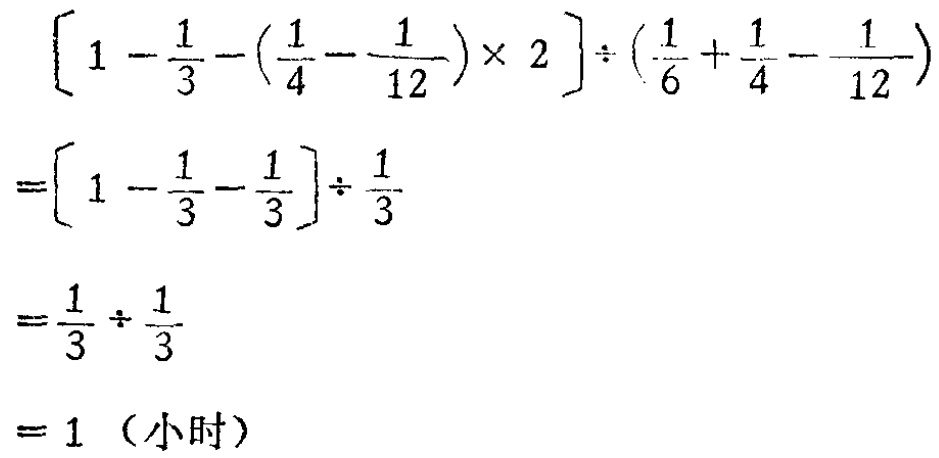
\[
\begin{align*}
&\left[1 - \frac{1}{3}-\left(\frac{1}{4}-\frac{1}{12}\right)\times 2\right]\div\left(\frac{1}{6}+\frac{1}{4}-\frac{1}{12}\right)\\
=&\left[1 - \frac{1}{3}-\frac{1}{3}\right]\div\frac{1}{3}\\
=&\frac{1}{3}\div\frac{1}{3}\\
=& 1 \text{（小时）}
\end{align*}
\]